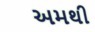
અમથી